Lunatic asylums Punjab 1895-1910 - 1895-1910
Year: 1895
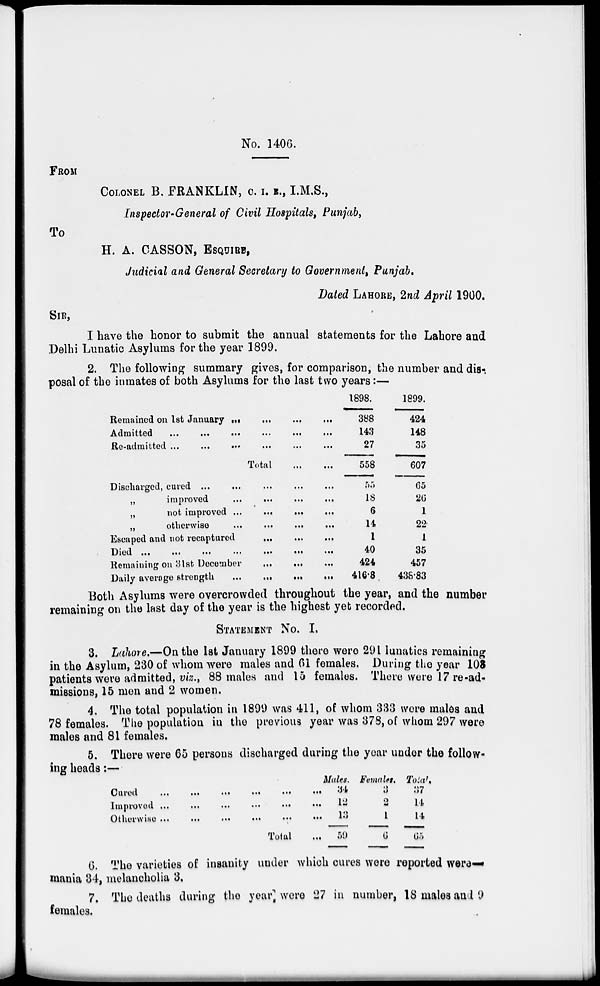
No. 1406.
FROM
COLONEL B. FRANKLIN, C. I. R., I.M.S.,
Inspector-General of Civil Hospitals, Punjab,
To
H. A. CASSON, ESQUIRE,
Judicial and General Secretary to Government, Punjab.
Dated LAHORE, 2nd April 1900.
SIR,
I have the honor to submit the annual statements for the Lahore and
Delhi Lunatic Asylums for the year 1899.
2. The following summary gives, for comparison, the number and dis-
posal of the inmates of both Asylums for the last two years:—
Remained on 1st January
...
...
...
...
Admitted
...
...
...
...
Re-admitted
...
...
...
...
Total
...
...
Discharged, cured ... ... ... ...
„
improved
...
...
...
...
„
not improved
...
...
...
...
„
otherwise
...
...
...
...
Escaped and not recaptured
...
...
...
...
Died
...
...
...
...
Remaining on 31st December ... ... ... ...
Daily average strength
...
...
...
...
1898.
388
143
27
558
55
18
6
14
1
40
424
416.8
1899.
424
148
35
607
65
26
1
22
1
35
457
438.83
Both Asylums were overcrowded throughout the year, and the number
remaining on the last day of the year is the highest yet recorded.
STATEMENT No. I.
3. Lahore.—On the 1st January 1899 there were 291 lunatics remaining
in the Asylum, 230 of whom were males and 61 females. During the year 108
patients were admitted, viz., 88 males and 15 females. There were 17 re-ad-
missions, 15 men and 2 women.
4. The total population in 1899 was 411, of whom 333 were males and
78 females. The population in the previous year was 378, of whom 297 were
males and 81 females.
5. There were 65 persons discharged during the year under the follow-
ing heads:—
Cured
...
...
...
...
...
...
Improved
...
...
...
...
...
...
Otherwise
...
...
...
...
...
...
Total ...
Males.
34
12
13
59
Females.
3
2
1
6
Tolal.
37
14
14
65
6. The varieties of insanity under which cures were reported were—
mania 34, melancholia 3.
7. The deaths during the year were 27 in number, 18 males and 9
females.